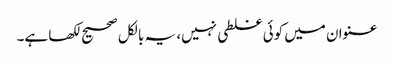
عنوان میں کوئی غلطی نہیں، یہ بالکل صحیح لکھا ہے۔